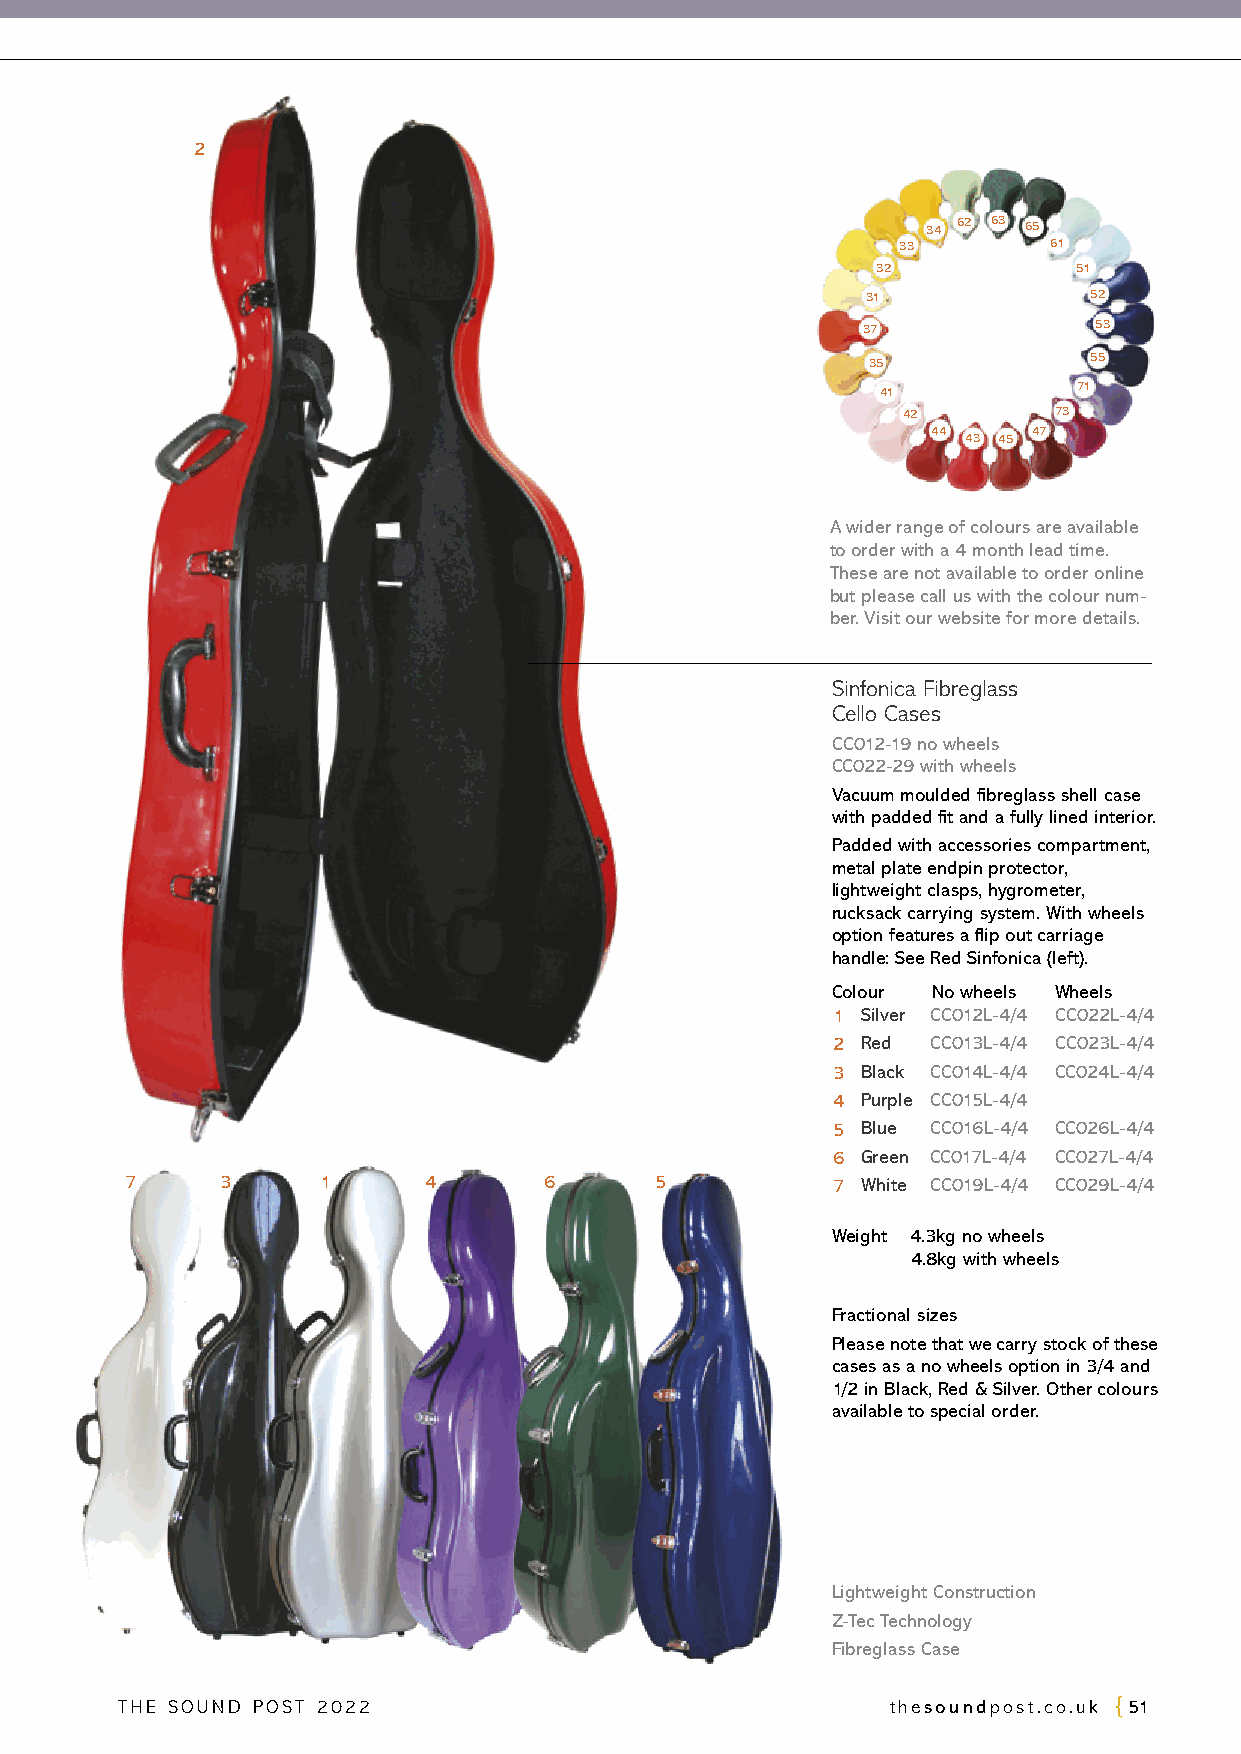
2
 34 62 63 65
 33        61
 32           51
 31             52
 37             53
 35             55
 41           71
 42        73
 44    47
 43 45
 A wider range of colours are available
 to order with a 4 month lead time.
 These are not available to order online
 but please call us with the colour num-
 ber. Visit our website for more details.
 Sinfonica Fibreglass
 Cello Cases
 CC012-19 no wheels
 CC022-29 with wheels
 Vacuum moulded fibreglass shell case
 with padded fit and a fully lined interior.
 Padded with accessories compartment,
 metal plate endpin protector,
 lightweight clasps, hygrometer,
 rucksack carrying system. With wheels
 option features a flip out carriage
 handle: See Red Sinfonica (left).
 Colour No wheels Wheels
 1 Silver CC012L-4/4 CC022L-4/4
 2 Red  CC013L-4/4 CC023L-4/4
 3 Black CC014L-4/4 CC024L-4/4
 4 Purple CC015L-4/4
 5 Blue CC016L-4/4 CC026L-4/4
 6 Green CC017L-4/4 CC027L-4/4
 7      3     1      4       6      5           7 White CC019L-4/4 CC029L-4/4
 Weight 4.3kg no wheels
 4.8kg with wheels
 Fractional sizes
 Please note that we carry stock of these
 cases as a no wheels option in 3/4 and
 1/2 in Black, Red & Silver. Other colours
 available to special order.
 Lightweight Construction
 Z-Tec Technology
 Fibreglass Case
 THE SOUND POST 2022                                thesoundpost.co.uk 51